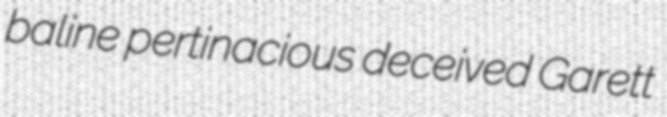
baline pertinacious deceived Garett